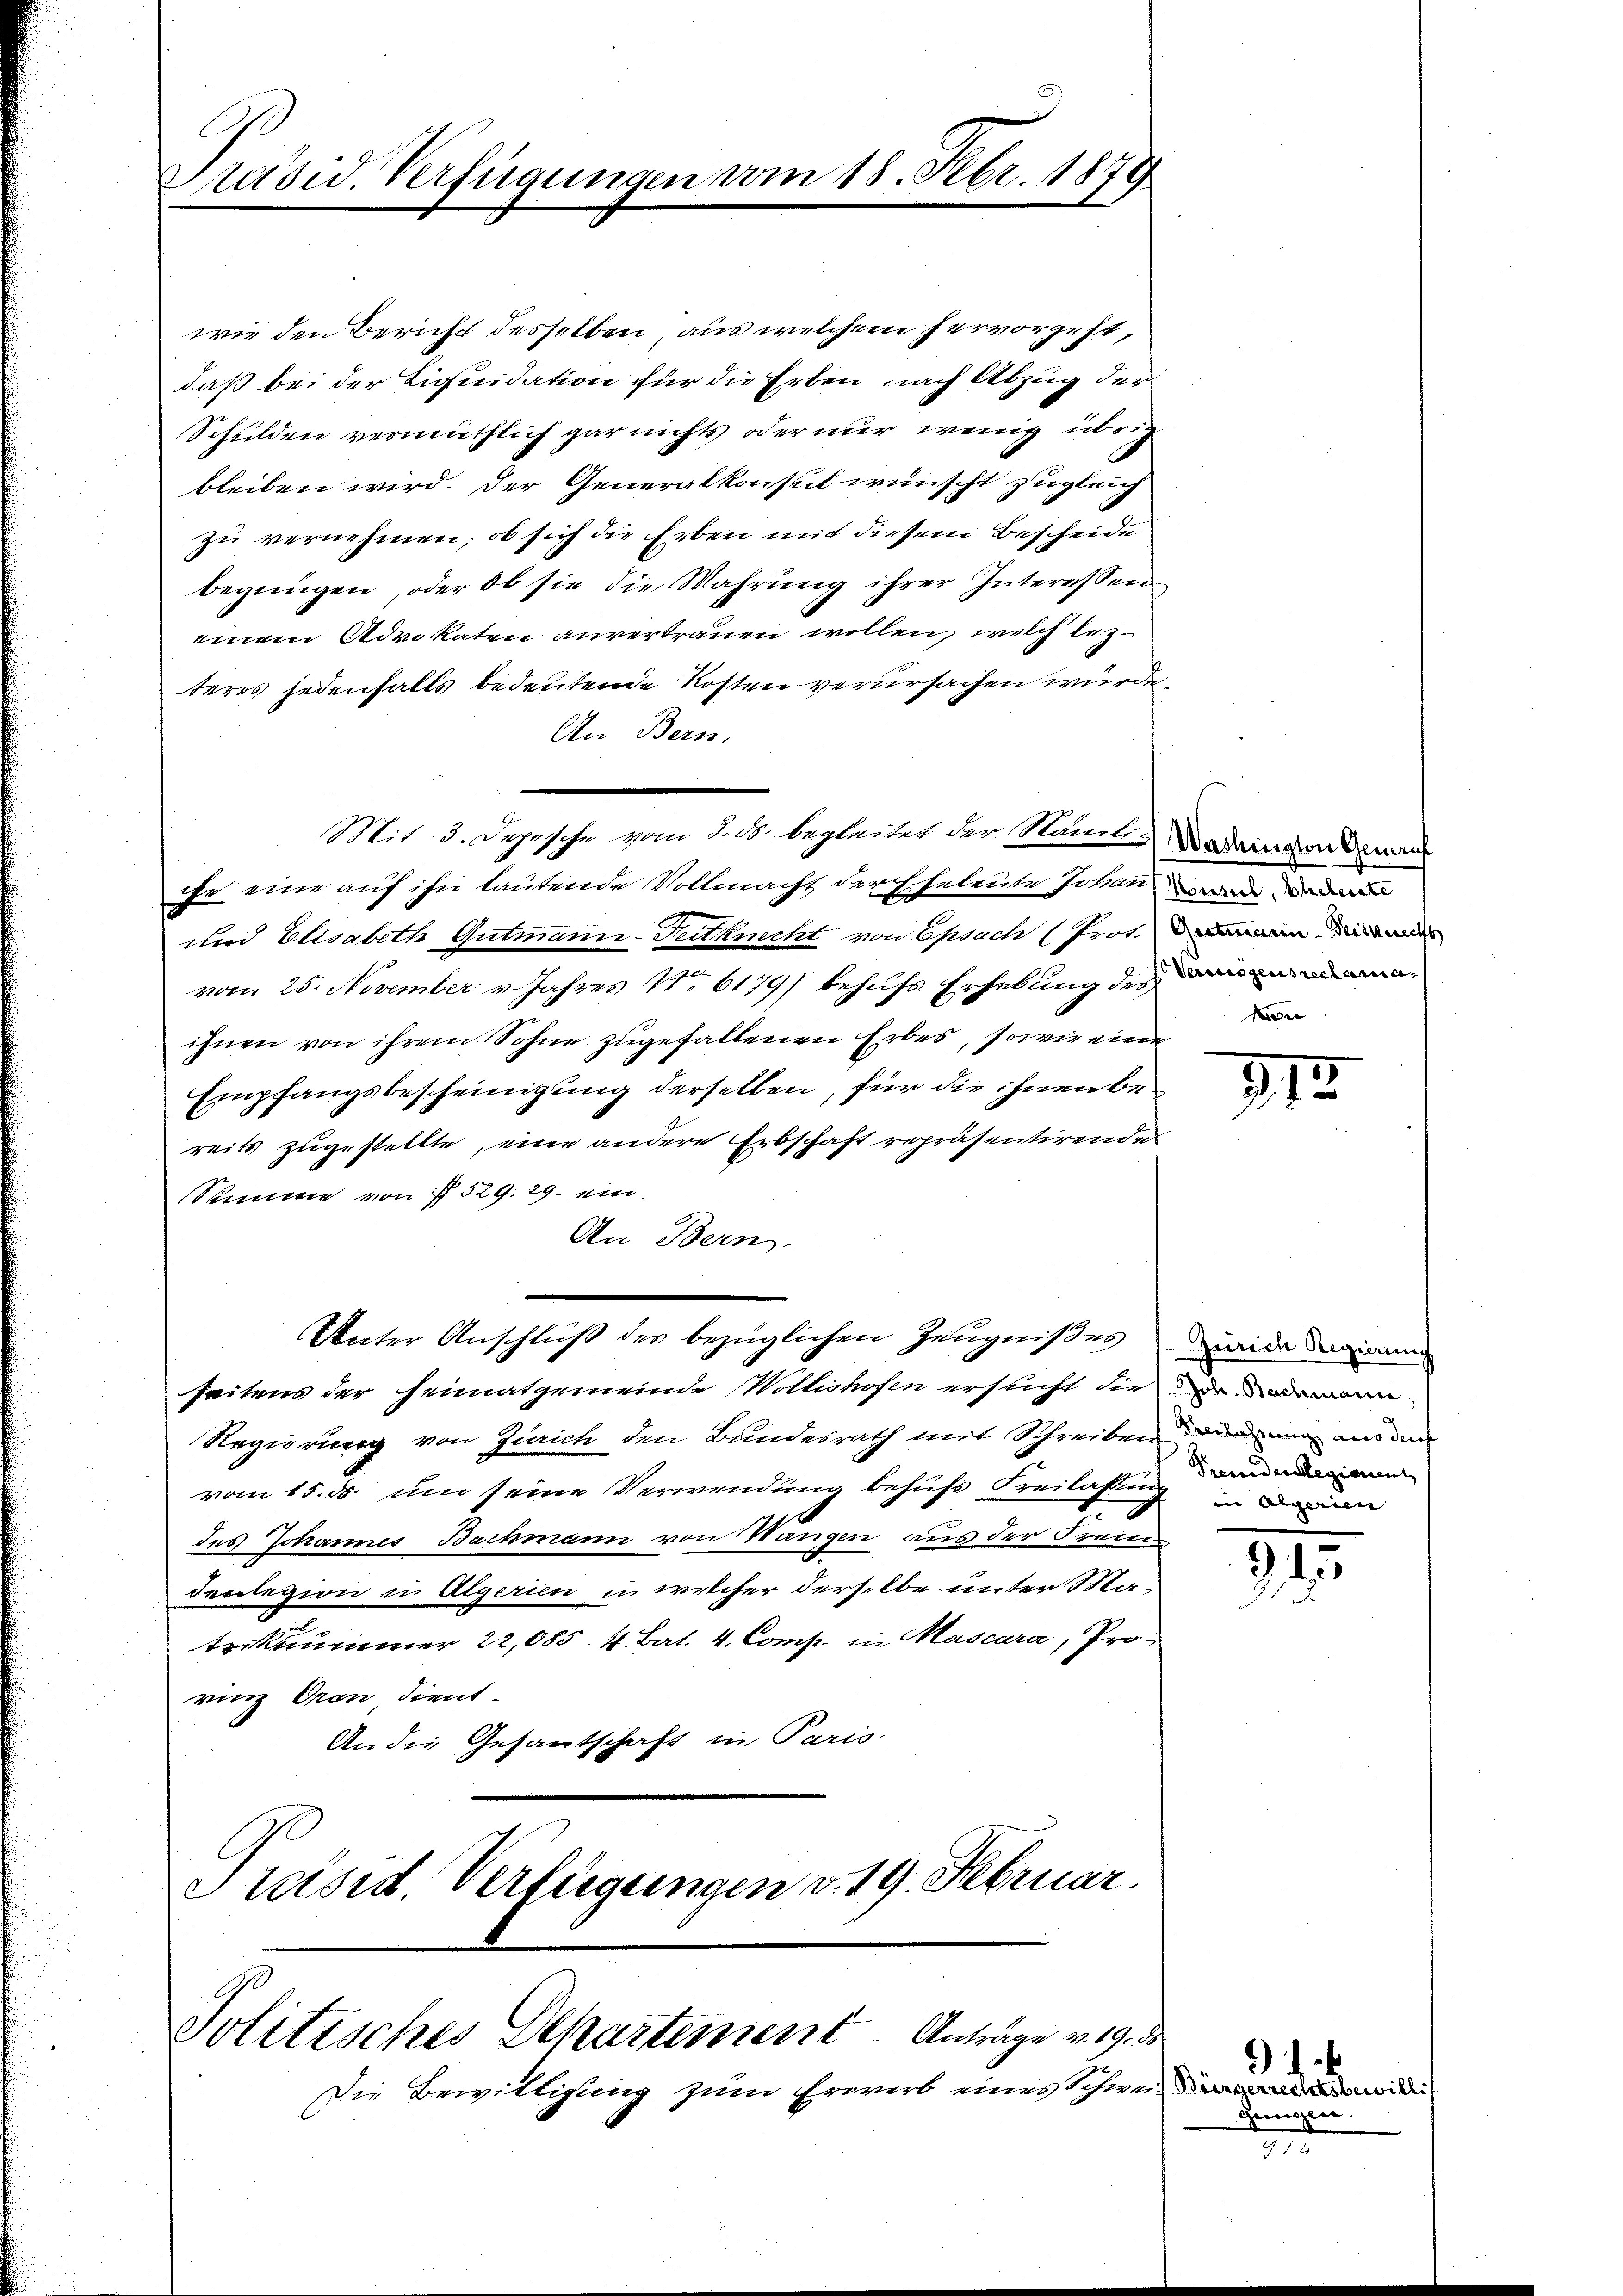
Präsid. Verfügungen vom 18. Febr. 1878

wie den Bericht desselben aus welchem hervorgeht,
daß bei der Liquidation für die Erben nach Abzug der
Schulden vermuthlich gar nichts oder nur wenig übrig
bleiben wird. Der Generalkonsul wünscht zugleich
zu vernehmen, ob sich die Erben mit diesem Bescheide
begnügen, oder ob sie die Wahrung ihrer Interessen
einem Advokaten anvertrauen wollen, welch lezteres jedenfalls bedeutende Kosten verursachen wurde.
An Bern.
ihr eine auf ihn lautende Vollmacht der Eheleute Johann war
und Elisabeth Gutmann-Tutknecht von Epsach (Prot.
vom 25. November v. Jahres No 6179/ behufs Erhebung des
ihnen von ihrem Sohne zugefallenen Erbes, sowie eine
Empfangsbescheinigung derselben, für die ihnen bereits zugestellte, eine andere Erbschaft repräsentirende
Summe von § 529. 29. ein-
An Bern.
acter Anschluß des bezüglichen Zeugnißes
seitens der Heimatgemeinde Wollishofen ersucht die er daman
Regierung von Zürich den Bundesrath mit Schreiben dem aus den
vom 15. ds. um seine Verwendung behufs Freilassung dadu
des Johannes Bachmann von Wangen aus der Frem
denlegion in Algerien in welcher derselbe unter Matrikummer 22,085. 4. Bat. 4. Comp. in Mascara, Prorinz Oran dient
An die Gesantschaft in Paris.
Präsid. Verfügungen v. 19. Februar.

Die Bewilligung zum Erwerb eines Schwei¬

Mit. 3. Depesche vom 3. ds. begleitet der Namilie dahin von den aus

Politisches Dekartement. Anträge v. 19. ds

Grotmarin - Seiterrichs
n

312.

Zürich Regierung
in Algerien

915.

ingereitetenten
Geweglie.

n